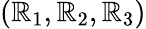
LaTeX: (\mathbb{R}_{1},\mathbb{R}_{2},\mathbb{R}_{3})